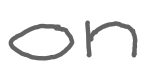
Text: on
Cross-out: clean
Writing tool: digital_gray